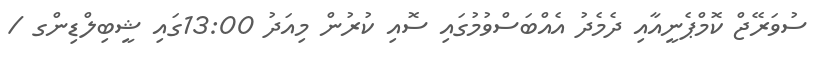
ސުވަރޭޖް ކޮމްޕެނީއާއި ދެމެދު އެއްބަސްވުމުގައި ސޮއި ކުރުން މިއަދު 13:00ގައި ޝީބިލްޑިންގ /